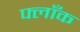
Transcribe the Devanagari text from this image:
फ्लाँक